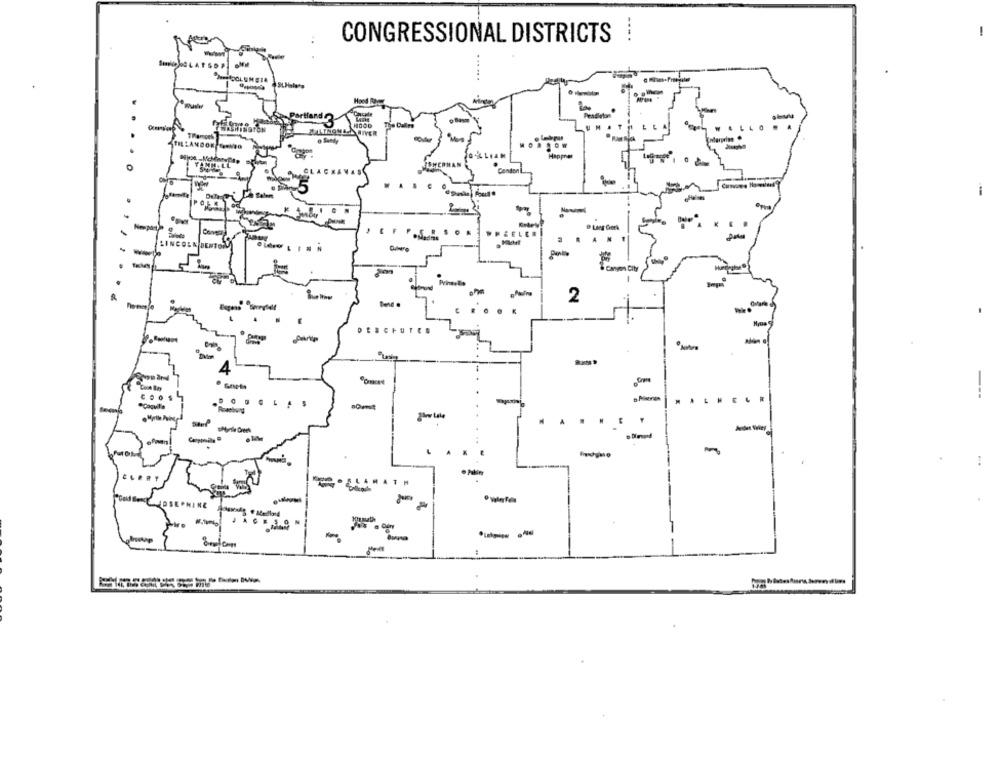
CONGRESSIONAL DISTRICTS !
-
-
....
Hand
o Bası
HOOD
ANDOR SANTO
POLK
-
WHEELER
LINCOLN DENTOR!
-
....
. Canyon City
Prinselle
2
DESCHUTES
4
---
*Coquille
-
.SLAMATH